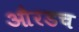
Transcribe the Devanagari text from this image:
औरडच